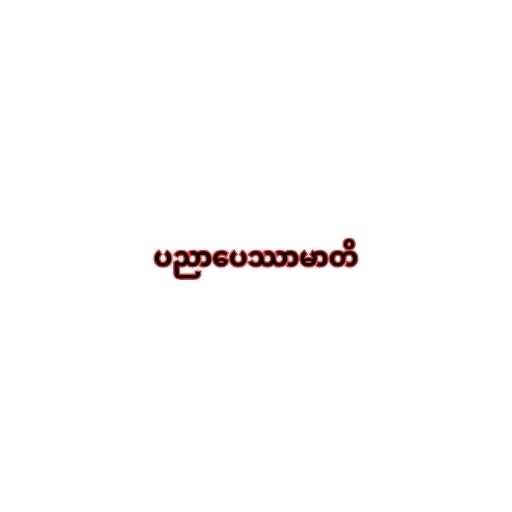
ပညာပေဿာမာတိ